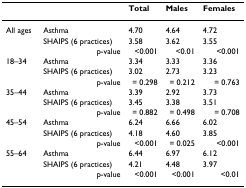
<table><thead><tr><td></td><td></td><td><b>Total</b></td><td><b>Males</b></td><td><b>Females</b></td></tr></thead><tbody><tr><td>All ages</td><td>Asthma</td><td>4.70</td><td>4.64</td><td>4.72</td></tr><tr><td></td><td>SHAIPS (6 practices)</td><td>3.58</td><td>3.62</td><td>3.55</td></tr><tr><td></td><td>p-value</td><td>&lt;0.001</td><td>&lt;0.01</td><td>&lt;0.001</td></tr><tr><td>18–34</td><td>Asthma</td><td>3.34</td><td>3.33</td><td>3.36</td></tr><tr><td></td><td>SHAIPS (6 practices)</td><td>3.02</td><td>2.73</td><td>3.23</td></tr><tr><td></td><td>p-value</td><td>= 0.298</td><td>= 0.212</td><td>= 0.763</td></tr><tr><td>35–44</td><td>Asthma</td><td>3.39</td><td>2.92</td><td>3.73</td></tr><tr><td></td><td>SHAIPS (6 practices)</td><td>3.45</td><td>3.38</td><td>3.51</td></tr><tr><td></td><td>p-value</td><td>= 0.882</td><td>= 0.498</td><td>= 0.708</td></tr><tr><td>45–54</td><td>Asthma</td><td>6.24</td><td>6.66</td><td>6.02</td></tr><tr><td></td><td>SHAIPS (6 practices)</td><td>4.18</td><td>4.60</td><td>3.85</td></tr><tr><td></td><td>p-value</td><td>&lt;0.001</td><td>= 0.025</td><td>&lt;0.001</td></tr><tr><td>55–64</td><td>Asthma</td><td>6.44</td><td>6.97</td><td>6.12</td></tr><tr><td></td><td>SHAIPS (6 practices)</td><td>4.21</td><td>4.48</td><td>3.97</td></tr><tr><td></td><td>p-value</td><td>&lt;0.001</td><td>&lt;0.001</td><td>&lt;0.01</td></tr></tbody></table>